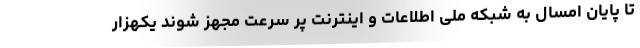
تا پایان امسال به شبکه ملی اطلاعات و اینترنت پر سرعت مجهز شوند یکهزار